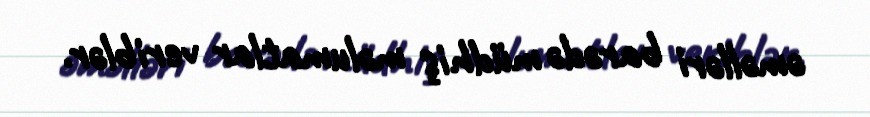
əməlləri barədə müdhiş məlumatlar veriblər.